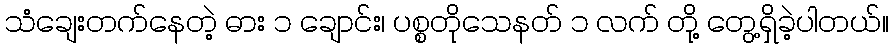
သံချေးတက်နေတဲ့ ဓား ၁ ချောင်း၊ ပစ္စတိုသေနတ် ၁ လက် တို့ တွေ့ရှိခဲ့ပါတယ်။